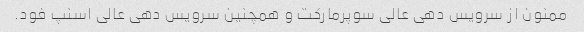
ممنون از سرویس دهی عالی سوپرمارکت و همچنین سرویس دهی عالی اسنپ فود.